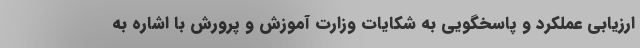
ارزیابی عملکرد و پاسخگویی به شکایات وزارت آموزش و پرورش با اشاره به